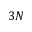
3 N